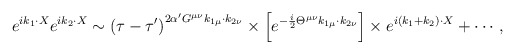
\begin{align*}e^{ik_{1}\cdot X}e^{ik_{2}\cdot X}\sim \left( \tau -\tau '\right) ^{2\alpha 'G^{\mu \nu }k_{1\mu }\cdot k_{2\nu }}\times \left[ e^{-\frac{i}{2}\Theta ^{\mu \nu }k_{1\mu }\cdot k_{2\nu }}\right] \times e^{i\left( k_{1}+k_{2}\right) \cdot X}+\cdots ,\end{align*}